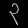
Digit: ၃